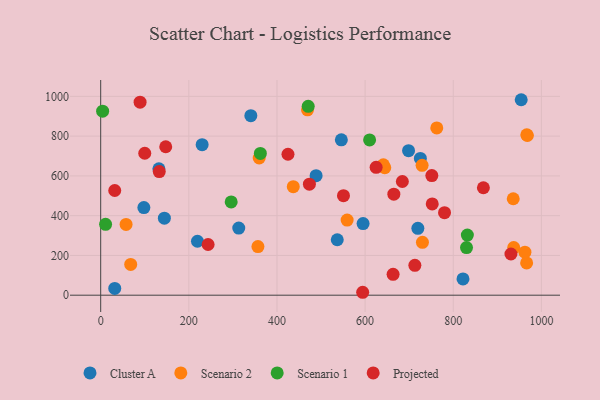
{"axis": {"x": "Study Hours", "y": "Salary"}, "legend": ["Cluster A", "Projected", "Scenario 1", "Scenario 2"], "data": [{"x": "230.2", "y": 757.2, "type": "Cluster A"}, {"x": "219.6", "y": 271.3, "type": "Cluster A"}, {"x": "725.4", "y": 688.1, "type": "Cluster A"}, {"x": "340.7", "y": 903.1, "type": "Cluster A"}, {"x": "595.4", "y": 360.3, "type": "Cluster A"}, {"x": "536.8", "y": 278.8, "type": "Cluster A"}, {"x": "31.9", "y": 34.2, "type": "Cluster A"}, {"x": "488.8", "y": 601.3, "type": "Cluster A"}, {"x": "698.6", "y": 726.8, "type": "Cluster A"}, {"x": "144.5", "y": 387.4, "type": "Cluster A"}, {"x": "546.1", "y": 781.3, "type": "Cluster A"}, {"x": "313.3", "y": 337.7, "type": "Cluster A"}, {"x": "954.2", "y": 983.2, "type": "Cluster A"}, {"x": "98.0", "y": 440.9, "type": "Cluster A"}, {"x": "132.1", "y": 635.7, "type": "Cluster A"}, {"x": "719.7", "y": 336.4, "type": "Cluster A"}, {"x": "822.1", "y": 81.7, "type": "Cluster A"}, {"x": "644.6", "y": 641.2, "type": "Scenario 2"}, {"x": "729.3", "y": 653.2, "type": "Scenario 2"}, {"x": "641.4", "y": 656.1, "type": "Scenario 2"}, {"x": "57.6", "y": 355.9, "type": "Scenario 2"}, {"x": "730.1", "y": 266.1, "type": "Scenario 2"}, {"x": "437.0", "y": 545.8, "type": "Scenario 2"}, {"x": "559.2", "y": 377.9, "type": "Scenario 2"}, {"x": "966.9", "y": 806.5, "type": "Scenario 2"}, {"x": "937.2", "y": 239.7, "type": "Scenario 2"}, {"x": "936.1", "y": 485.1, "type": "Scenario 2"}, {"x": "966.5", "y": 162.5, "type": "Scenario 2"}, {"x": "762.6", "y": 841.6, "type": "Scenario 2"}, {"x": "968.2", "y": 803.2, "type": "Scenario 2"}, {"x": "356.8", "y": 244.6, "type": "Scenario 2"}, {"x": "68.1", "y": 154.6, "type": "Scenario 2"}, {"x": "962.6", "y": 216.4, "type": "Scenario 2"}, {"x": "469.3", "y": 932.2, "type": "Scenario 2"}, {"x": "359.7", "y": 690.1, "type": "Scenario 2"}, {"x": "830.1", "y": 239.4, "type": "Scenario 1"}, {"x": "362.3", "y": 712.9, "type": "Scenario 1"}, {"x": "11.1", "y": 356.3, "type": "Scenario 1"}, {"x": "296.1", "y": 469.1, "type": "Scenario 1"}, {"x": "4.4", "y": 925.8, "type": "Scenario 1"}, {"x": "470.9", "y": 950.0, "type": "Scenario 1"}, {"x": "832.0", "y": 302.2, "type": "Scenario 1"}, {"x": "610.2", "y": 781.1, "type": "Scenario 1"}, {"x": "147.6", "y": 746.7, "type": "Projected"}, {"x": "930.9", "y": 207.3, "type": "Projected"}, {"x": "684.5", "y": 571.8, "type": "Projected"}, {"x": "100.0", "y": 714.0, "type": "Projected"}, {"x": "550.9", "y": 500.7, "type": "Projected"}, {"x": "663.5", "y": 105.0, "type": "Projected"}, {"x": "425.0", "y": 709.0, "type": "Projected"}, {"x": "625.0", "y": 643.0, "type": "Projected"}, {"x": "868.4", "y": 540.5, "type": "Projected"}, {"x": "243.7", "y": 255.1, "type": "Projected"}, {"x": "712.9", "y": 150.2, "type": "Projected"}, {"x": "665.2", "y": 508.1, "type": "Projected"}, {"x": "780.2", "y": 415.2, "type": "Projected"}, {"x": "752.3", "y": 459.1, "type": "Projected"}, {"x": "594.5", "y": 14.7, "type": "Projected"}, {"x": "89.4", "y": 971.0, "type": "Projected"}, {"x": "751.4", "y": 601.7, "type": "Projected"}, {"x": "473.6", "y": 558.6, "type": "Projected"}, {"x": "31.9", "y": 526.6, "type": "Projected"}, {"x": "132.9", "y": 621.8, "type": "Projected"}]}